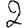
Digit: 2